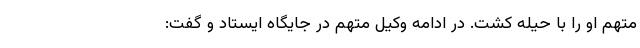
متهم او را با حیله کشت. در ادامه وکیل متهم در جایگاه ایستاد و گفت: